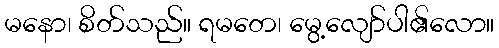
မနော၊ စိတ်သည်။ ရမတေ၊ မွေ့လျော်ပါ၏လော။